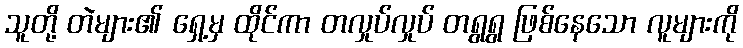
သူတို့ တဲများ၏ ရှေ့မှ ထိုင်ကာ တလှုပ်လှုပ် တရွရွ ဖြစ်နေသော လူများကို